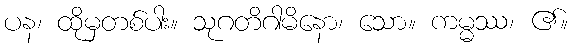
ပန၊ ထိုမှတစ်ပါး။ သုဂတိဂါမိနော၊ သော။ ကမ္မဿ၊ ၏။